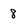
Character: 8